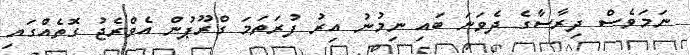
ނަމަވެސް ދިރާސާގެ ދެވަނަ ބައި ނިމުނު އިރު ފުރަތަމަ ގްރޫޕުން އެވްރެޖު ގޮތެއްގައި